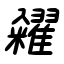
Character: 糴